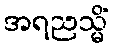
အရညသ္မိံ